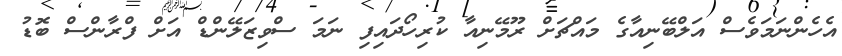
އެހެންނަމަވެސް އަލްބޭނިއާގެ މައްޗަށް ރޫމޭނިއާ ކުރިހޯދައިފި ނަމަ ސްވިޒަލޭންޑް އަށް ފްރާންސް ބޮޑު